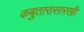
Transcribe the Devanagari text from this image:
कबुतारासारखी